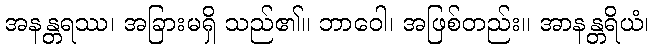
အနန္တရဿ၊ အခြားမရှိ သည်၏။ ဘာဝေါ၊ အဖြစ်တည်း။ အာနန္တရိယံ၊